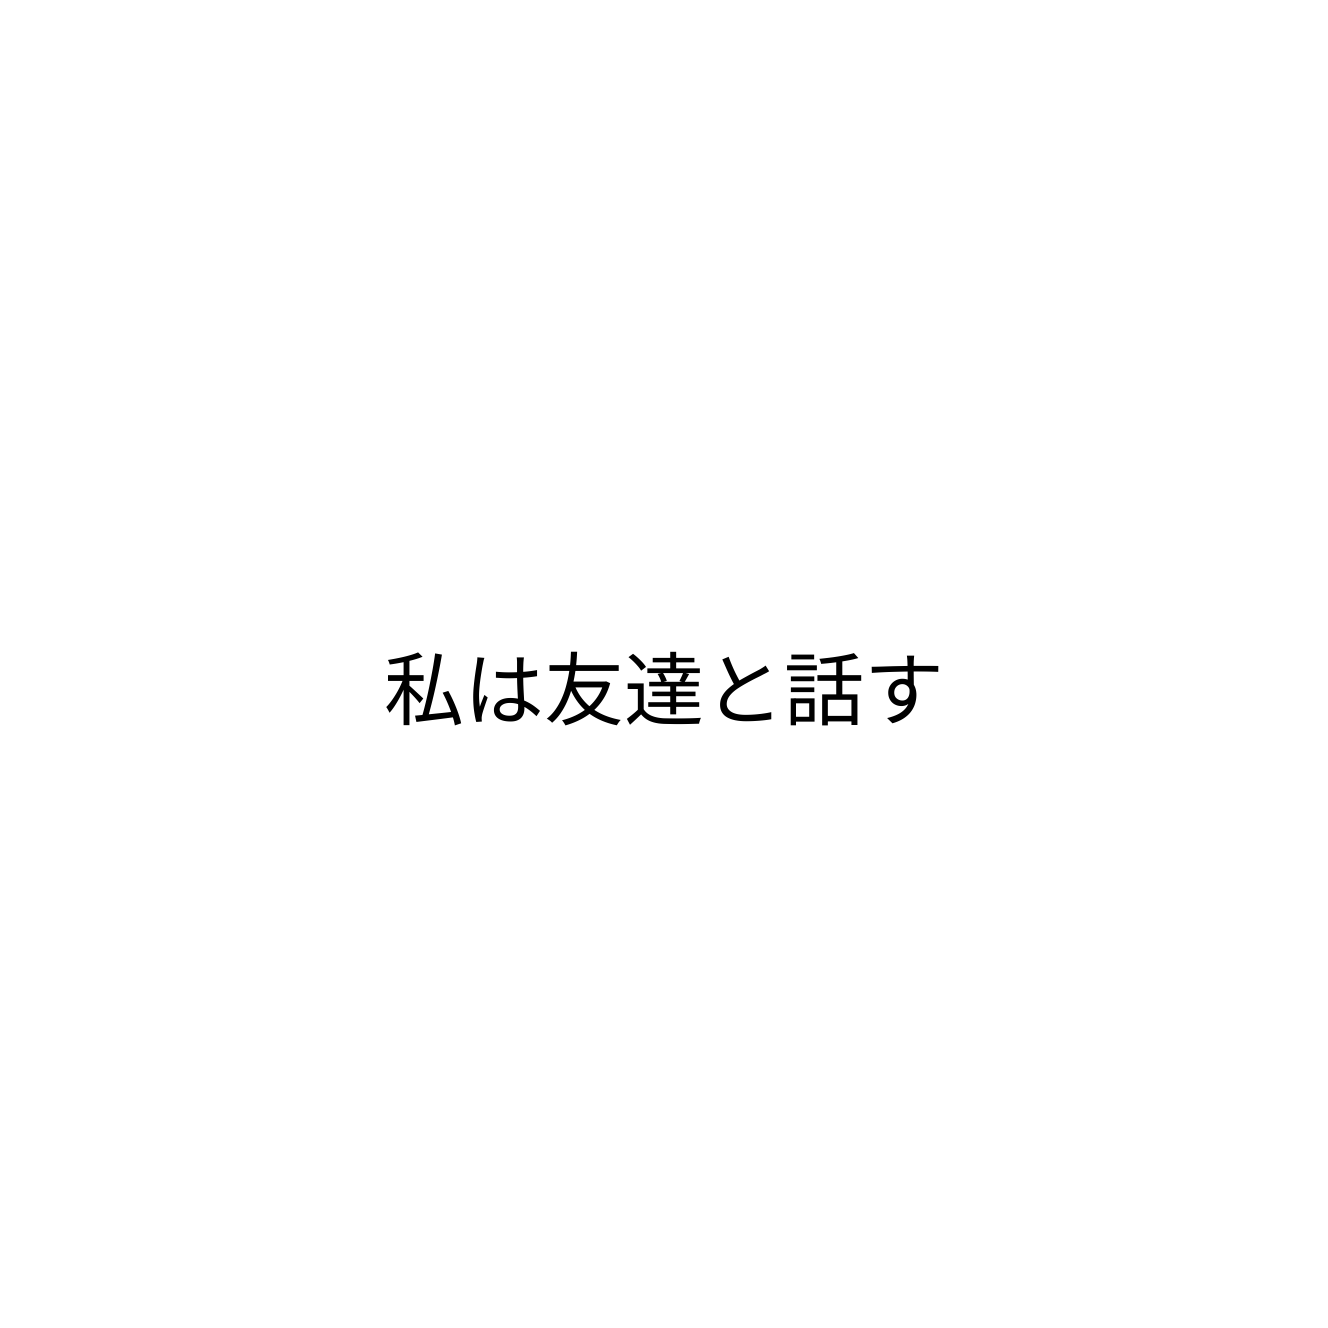
私は友達と話す